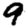
Digit: 9